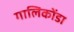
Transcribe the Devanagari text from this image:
गालिकोंडा